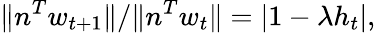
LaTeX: \| n^{T}w_{t+1}\| /\| n^{T}w_{t}\| =|1-\lambda h_{t}|,